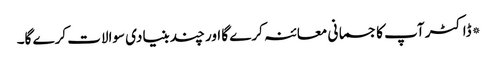
*ڈاکٹر آپ کا جسمانی معائنہ کرے گا اور چند بنیادی سوالات کرے گا۔